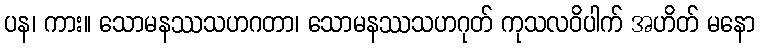
ပန၊ ကား။ သောမနဿသဟဂတာ၊ သောမနဿသဟဂုတ် ကုသလဝိပါက် အဟိတ် မနော